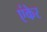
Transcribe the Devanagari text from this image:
एंकेर